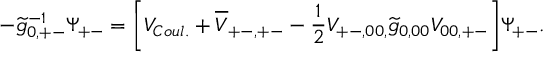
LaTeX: - \widetilde g _ { 0 , + - } ^ { - 1 } \Psi _ { + - } = \bigg [ V _ { C o u l . } + \overline { { V } } _ { + - , + - } - \frac { 1 } { 2 } V _ { + - , 0 0 , } \widetilde g _ { 0 , 0 0 } V _ { 0 0 , + - } \bigg ] \Psi _ { + - } .